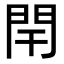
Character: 閈